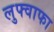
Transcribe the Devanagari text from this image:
लुफ्वाफा